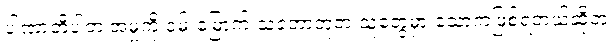
ပါဏာတိပါတ အမှုကို ဝမ်းမြောက် သဘောတူတဲ့ သူတွေမှာ သောကဖြစ်ရတယ်ဆိုတဲ့